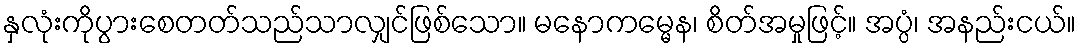
နှလုံးကိုပွားစေတတ်သည်သာလျှင်ဖြစ်သော။ မနောကမ္မေန၊ စိတ်အမှုဖြင့်။ အပ္ပံ၊ အနည်းငယ်။